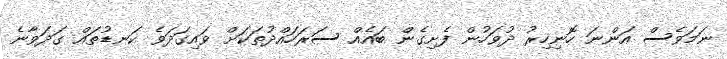
ނަމަވެސް އަންނަ ހޮނިހިރު ދުވަހުން ފެށިގެން ބައެއް ސަރަހައްދުތަކަށް ވައިގަދަވެ ކަނޑުތައް ގަދަވާނެ